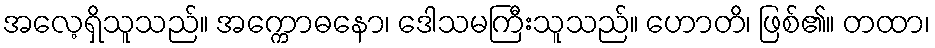
အလေ့ရှိသူသည်။ အက္ကောဓနော၊ ဒေါသမကြီးသူသည်။ ဟောတိ၊ ဖြစ်၏။ တထာ၊